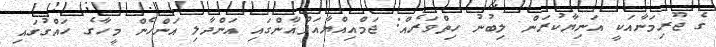
ގެ ޖޫރިމަނާއަކީ އަނިޔާކުރަން ލިބުނު ހިތްވަރެއް: ޖަމްއިއްޔާއަފްޣާންގައި އަންދާލި އަންހެން މީހާގެ ހައްގުގައި